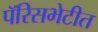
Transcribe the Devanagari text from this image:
पॅरिसभेटीत